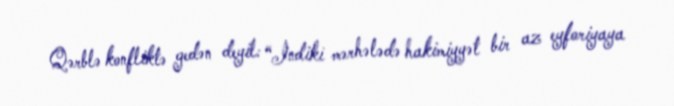
Qərblə konfliktə gedən deyil: “İndiki mərhələdə hakimiyyət bir az eyforiyaya